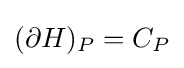
(\partial H)_{P}=C_{P}